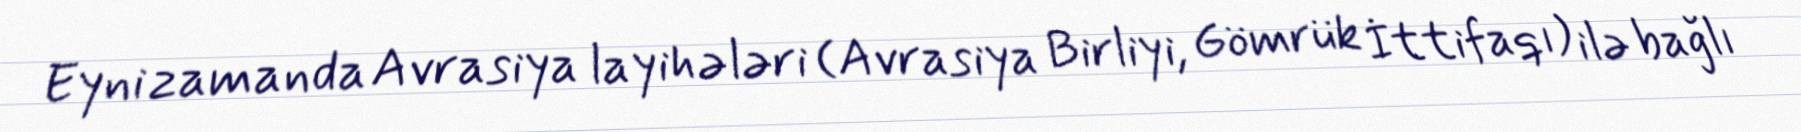
Eyni zamanda Avrasiya layihələri (Avrasiya Birliyi, Gömrük İttifaqı) ilə bağlı